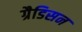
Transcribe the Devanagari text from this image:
ग्रैडिसन